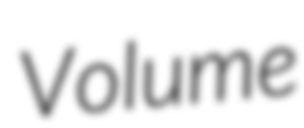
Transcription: Volume